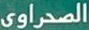
الصحراوي